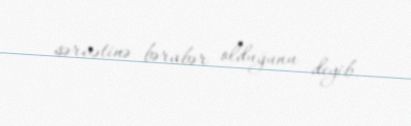
sərvətinə bərabər olduğunu deyib.